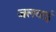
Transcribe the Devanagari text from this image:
जलवाई